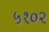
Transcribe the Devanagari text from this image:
५१०२